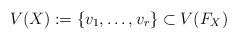
LaTeX: \begin{align*} V(X) := \{v_1,\ldots,v_r\}\subset V(F_X)\end{align*}